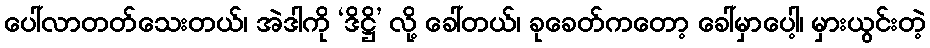
ပေါ်လာတတ်သေးတယ်၊ အဲဒါကို ‘ဒိဋ္ဌိ’ လို့ ခေါ်တယ်၊ ခုခေတ်ကတော့ ခေါ်မှာပေါ့၊ မှားယွင်းတဲ့